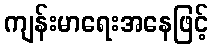
ကျန်းမာရေးအနေဖြင့်